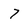
Character: 7